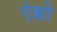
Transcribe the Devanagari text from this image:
एंझो